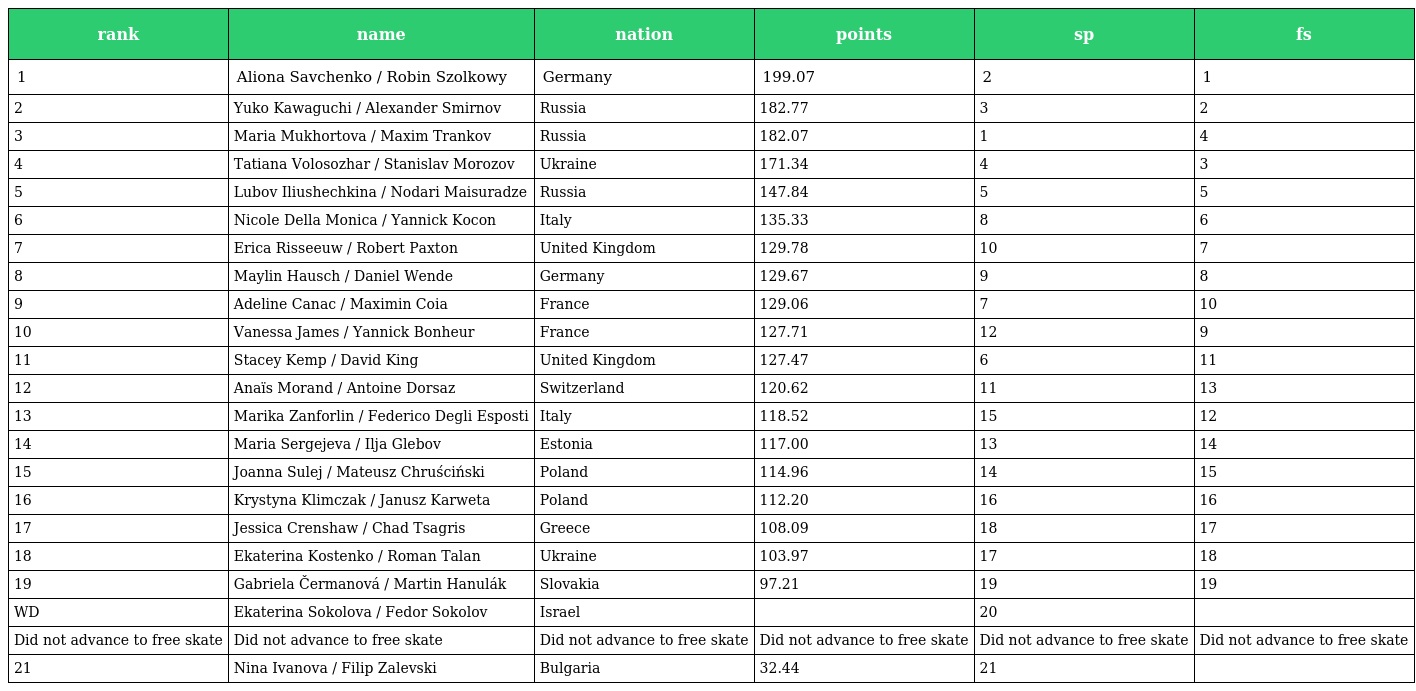
| rank | name | nation | points | sp | fs |
 | --- | --- | --- | --- | --- | --- |
 | 1 | Aliona Savchenko / Robin Szolkowy | Germany | 199.07 | 2 | 1 |
 | 2 | Yuko Kawaguchi / Alexander Smirnov | Russia | 182.77 | 3 | 2 |
 | 3 | Maria Mukhortova / Maxim Trankov | Russia | 182.07 | 1 | 4 |
 | 4 | Tatiana Volosozhar / Stanislav Morozov | Ukraine | 171.34 | 4 | 3 |
 | 5 | Lubov Iliushechkina / Nodari Maisuradze | Russia | 147.84 | 5 | 5 |
 | 6 | Nicole Della Monica / Yannick Kocon | Italy | 135.33 | 8 | 6 |
 | 7 | Erica Risseeuw / Robert Paxton | United Kingdom | 129.78 | 10 | 7 |
 | 8 | Maylin Hausch / Daniel Wende | Germany | 129.67 | 9 | 8 |
 | 9 | Adeline Canac / Maximin Coia | France | 129.06 | 7 | 10 |
 | 10 | Vanessa James / Yannick Bonheur | France | 127.71 | 12 | 9 |
 | 11 | Stacey Kemp / David King | United Kingdom | 127.47 | 6 | 11 |
 | 12 | Anaïs Morand / Antoine Dorsaz | Switzerland | 120.62 | 11 | 13 |
 | 13 | Marika Zanforlin / Federico Degli Esposti | Italy | 118.52 | 15 | 12 |
 | 14 | Maria Sergejeva / Ilja Glebov | Estonia | 117.00 | 13 | 14 |
 | 15 | Joanna Sulej / Mateusz Chruściński | Poland | 114.96 | 14 | 15 |
 | 16 | Krystyna Klimczak / Janusz Karweta | Poland | 112.20 | 16 | 16 |
 | 17 | Jessica Crenshaw / Chad Tsagris | Greece | 108.09 | 18 | 17 |
 | 18 | Ekaterina Kostenko / Roman Talan | Ukraine | 103.97 | 17 | 18 |
 | 19 | Gabriela Čermanová / Martin Hanulák | Slovakia | 97.21 | 19 | 19 |
 | WD | Ekaterina Sokolova / Fedor Sokolov | Israel |  | 20 |  |
 | Did not advance to free skate | Did not advance to free skate | Did not advance to free skate | Did not advance to free skate | Did not advance to free skate | Did not advance to free skate |
 | 21 | Nina Ivanova / Filip Zalevski | Bulgaria | 32.44 | 21 |  |